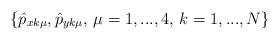
LaTeX: \begin{align*}\{\hat{p}_{xk\mu},\hat{p}_{yk\mu},\,\mu=1,...,4,\,k=1,...,N\} \end{align*}